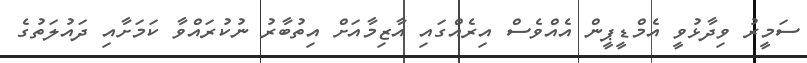
ސަމީރު ވިދާޅުވީ އެމްޑީޕީން އެއްވެސް އިރެއްގައި އާޒިމާއަށް އިތުބާރު ނުކުރައްވާ ކަމަށާއި ދައުލަތުގެ